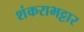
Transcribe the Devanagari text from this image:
शंकराभट्टार